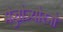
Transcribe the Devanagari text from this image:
मेज्जोज्योरनो